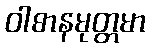
ဝါစာနမုတ္တမာ